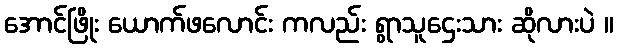
အောင်ဖြိုး ယောက်ဖလောင်း ကလည်း ရွာသူဌေးသား ဆိုလားပဲ ။